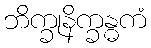
ဘိက္ခုနိက္ခန္ဓကံ